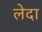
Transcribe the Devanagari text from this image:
लेदा